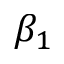
\beta _ { 1 }